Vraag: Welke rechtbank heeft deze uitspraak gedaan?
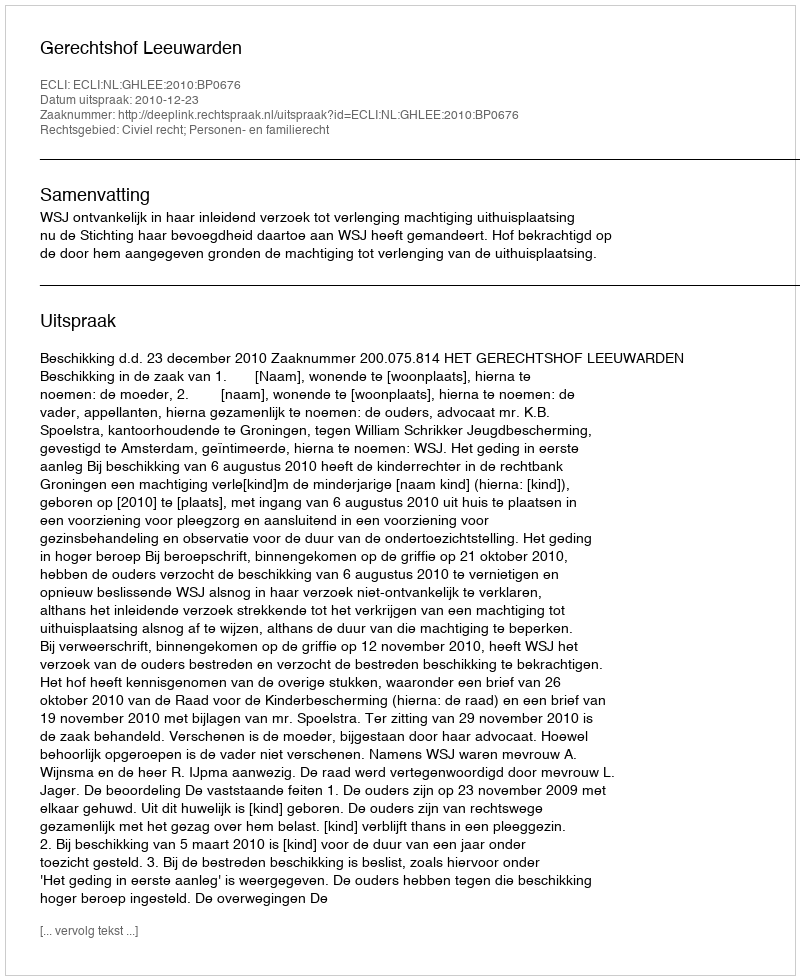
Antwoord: Gerechtshof Leeuwarden